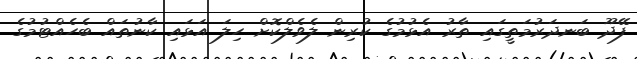
ފޭދޫ ބަނދަރުމަތީގައި ތާރު އެޅުމުގެ ކުރިން ލެވެލްކޮށް ހިލަ އަޅައި ކާނުތައް ބެހެއްޓުމުގެ